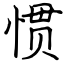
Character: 惯